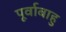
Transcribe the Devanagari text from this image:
पूर्वाबाहु